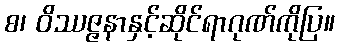
စ၊ ဝိဿဇ္ဇနာနှင့်ဆိုင်ရာဂုဏ်ကိုပြ။